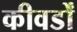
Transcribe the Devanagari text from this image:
कीवर्डों